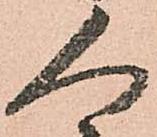
人